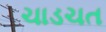
ચાડચત